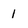
Character: 1